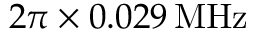
2 \pi \times 0 . 0 2 9 \, \mathrm { M H z }